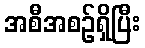
အစီအစဉ်ရှိပြီး